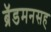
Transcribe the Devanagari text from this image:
ब्रॅडमनसह